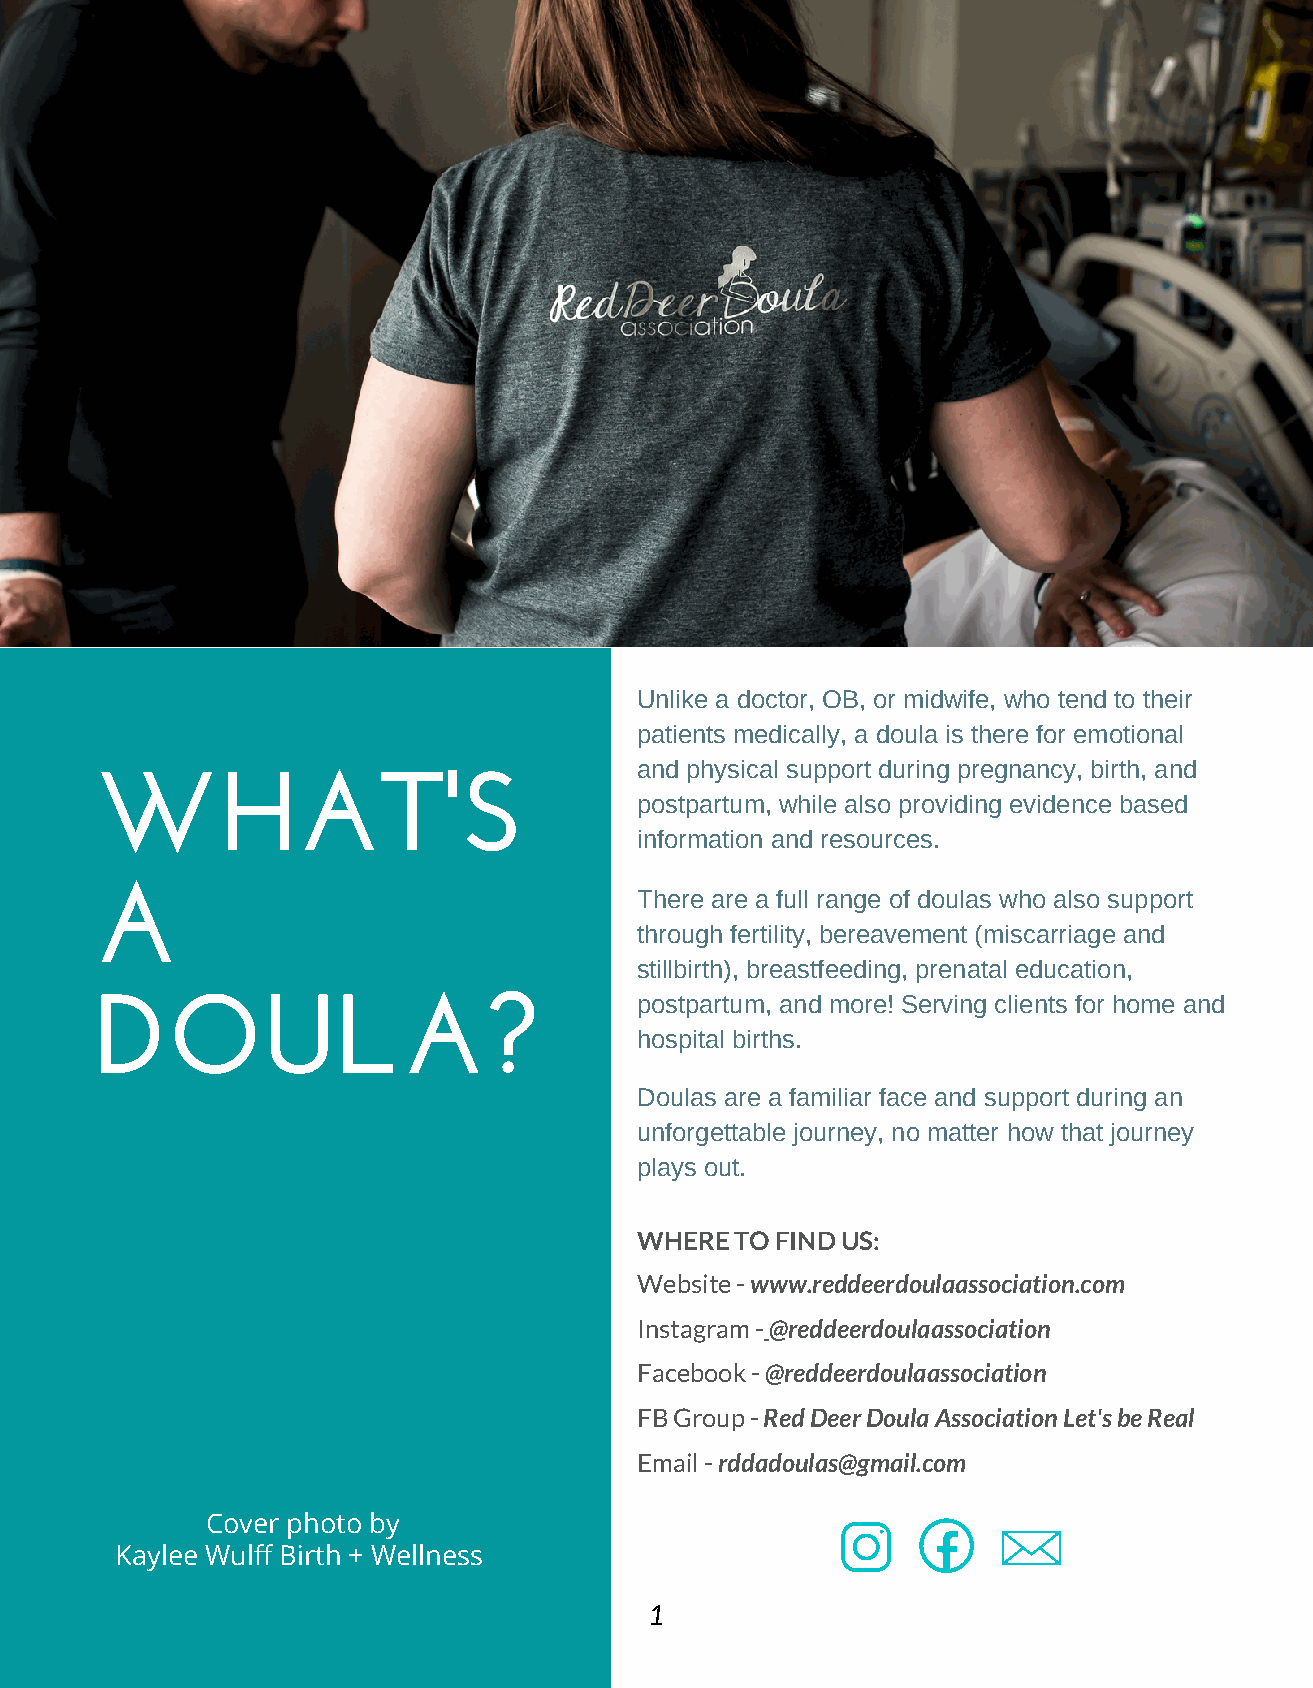
Unlike a doctor, OB, or midwife, who tend to their
 patients medically, a doula is there for emotional
 and physical support during pregnancy, birth, and
 WHAT'S
 postpartum, while also providing evidence based
 information and resources.
 A
 There are a full range of doulas who also support
 through fertility, bereavement (miscarriage and
 stillbirth), breastfeeding, prenatal education,
 DOULA?                              postpartum, and more! Serving clients for home and
 hospital births.
 Doulas are a familiar face and support during an
 unforgettable journey, no matter how that journey
 plays out.
 WHERE  TO FIND US:
 Website - www.reddeerdoulaassociation.com
 Instagram - @reddeerdoulaassociation
 Facebook - @reddeerdoulaassociation
 FB Group - Red Deer Doula Association Let's be Real
 Email - rddadoulas@gmail.com
 Cover photo by
 Kaylee Wulff Birth + Wellness
 1